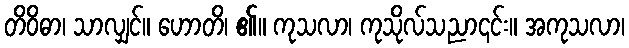
တိဝိဓာ၊ သာလျှင်။ ဟောတိ၊ ၏။ ကုသလာ၊ ကုသိုလ်သညာ၎င်း။ အကုသလာ၊